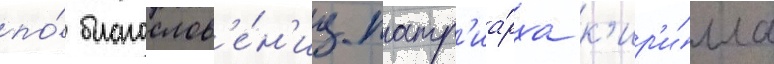
по́ благослов'е́н'иу патр'иа́рха к'ир'и́лла